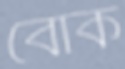
বোক